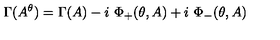
\Gamma ( A ^ { \theta } ) = \Gamma ( A ) - i \ \Phi _ { + } ( \theta , A ) + i \ \Phi _ { - } ( \theta , A )